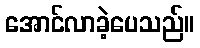
အောင်လာခဲ့ပေသည်။